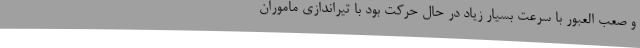
و صعب العبور با سرعت بسیار زیاد در حال حرکت بود با تیراندازی ماموران